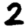
Digit: 2